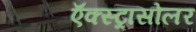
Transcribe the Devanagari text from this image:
ऍक्स्ट्रासोलर